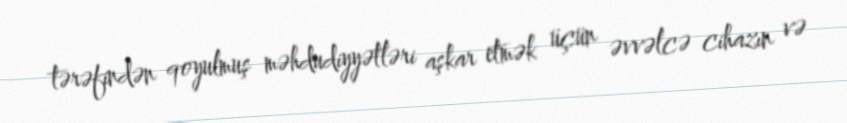
tərəfindən qoyulmuş məhdudiyyətləri aşkar etmək üçün əvvəlcə cihazın və